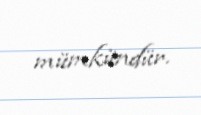
mümkündür.